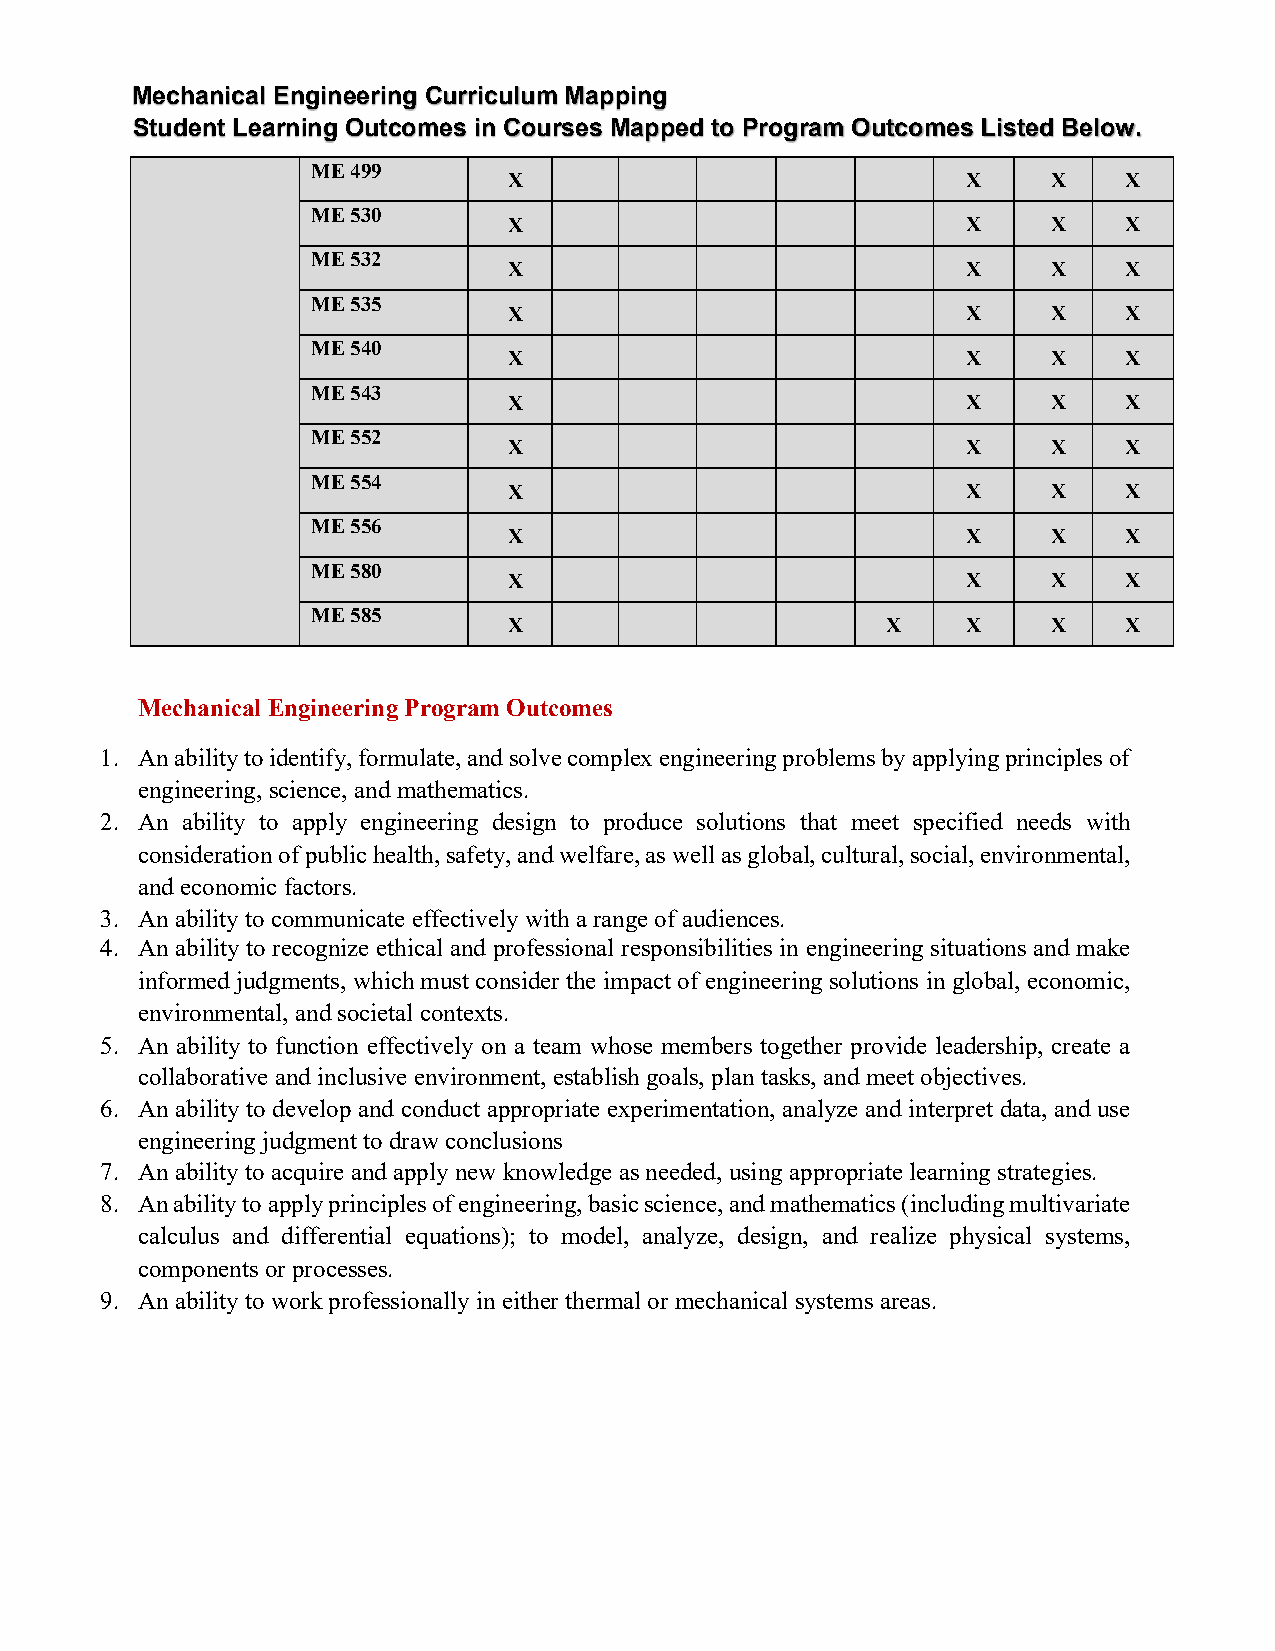
Mechanical Engineering Curriculum Mapping
 Student Learning Outcomes in Courses Mapped to Program Outcomes Listed Below.
 ME 499
 X                             X     X    X
 ME 530
 X                             X     X    X
 ME 532
 X                             X     X    X
 ME 535
 X                             X     X    X
 ME 540
 X                             X     X    X
 ME 543
 X                             X     X    X
 ME 552
 X                             X     X    X
 ME 554
 X                             X     X    X
 ME 556
 X                             X     X    X
 ME 580
 X                             X     X    X
 ME 585
 X                        X    X     X    X
 Mechanical Engineering Program Outcomes
 1. An ability to identify, formulate, and solve complex engineering problems by applying principles of
 engineering, science, and mathematics.
 2. An ability to apply engineering design to produce solutions that meet specified needs with
 consideration of public health, safety, and welfare, as well as global, cultural, social, environmental,
 and economic factors.
 3. An ability to communicate effectively with a range of audiences.
 4. An ability to recognize ethical and professional responsibilities in engineering situations and make
 informed judgments, which must consider the impact of engineering solutions in global, economic,
 environmental, and societal contexts.
 5. An ability to function effectively on a team whose members together provide leadership, create a
 collaborative and inclusive environment, establish goals, plan tasks, and meet objectives.
 6. An ability to develop and conduct appropriate experimentation, analyze and interpret data, and use
 engineering judgment to draw conclusions
 7. An ability to acquire and apply new knowledge as needed, using appropriate learning strategies.
 8. An ability to apply principles of engineering, basic science, and mathematics (including multivariate
 calculus and differential equations); to model, analyze, design, and realize physical systems,
 components or processes.
 9. An ability to work professionally in either thermal or mechanical systems areas.